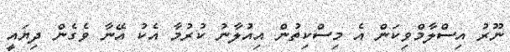
ނޫރު އިސްލާމްވިކަން އެ މިސްކިތުން އިއުލާނު ކުރުމާ އެކު އޭނާ ވެގެން ދިޔައީ